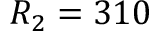
R _ { 2 } = 3 1 0